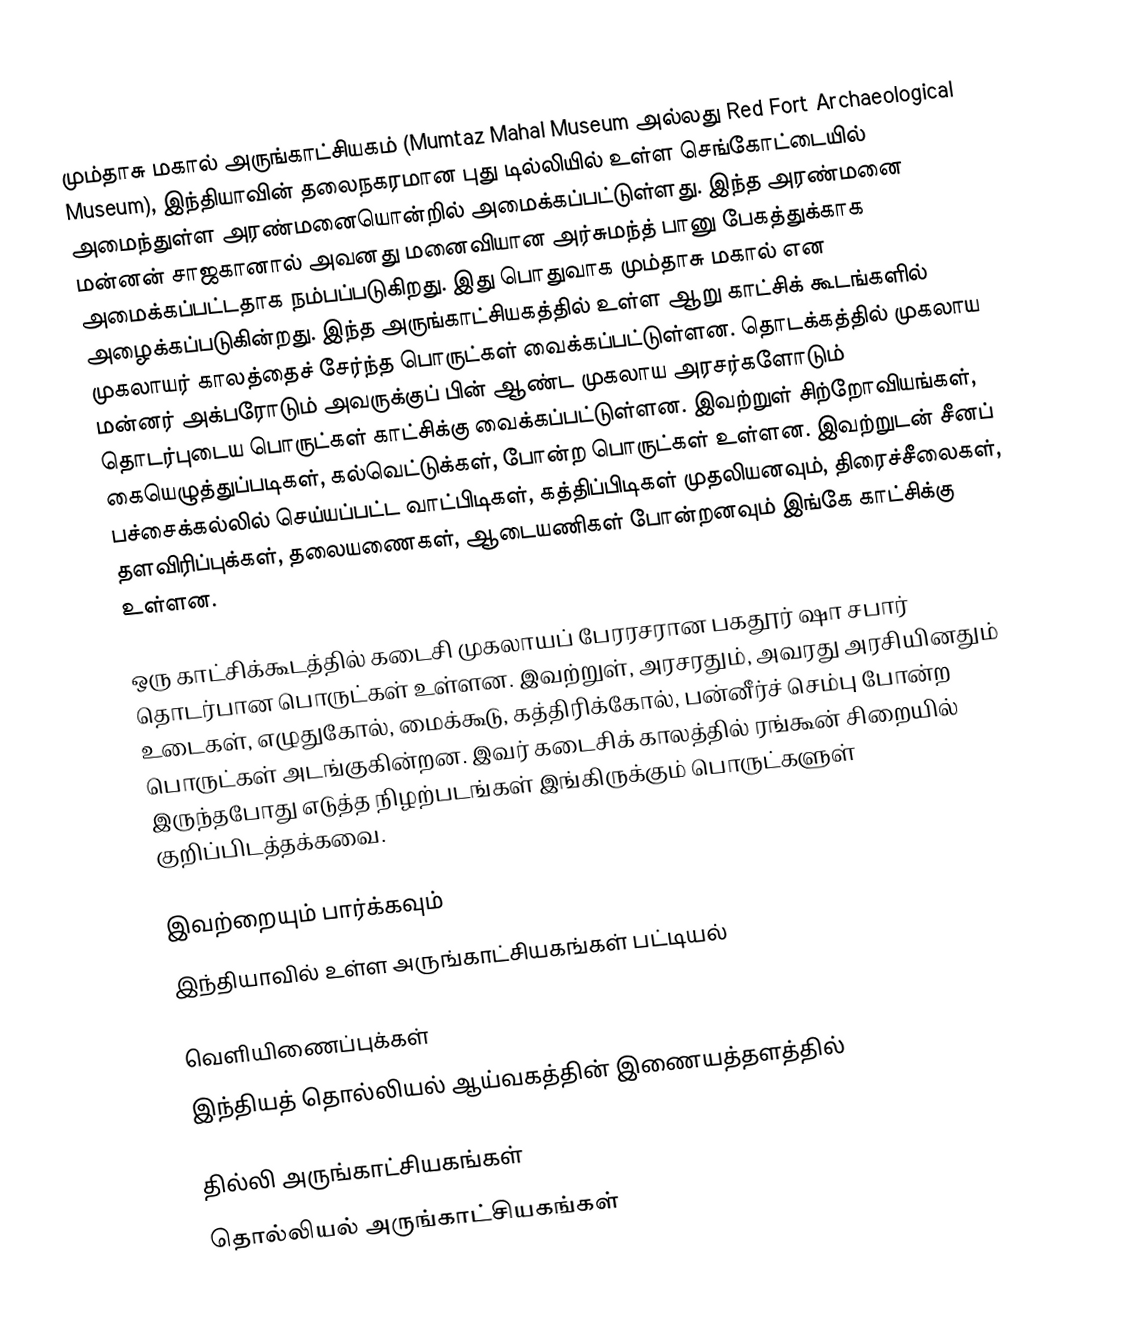
மும்தாசு மகால் அருங்காட்சியகம் (Mumtaz Mahal Museum அல்லது Red Fort Archaeological Museum), இந்தியாவின் தலைநகரமான புது டில்லியில் உள்ள செங்கோட்டையில் அமைந்துள்ள அரண்மனையொன்றில் அமைக்கப்பட்டுள்ளது. இந்த அரண்மனை மன்னன் சாஜகானால் அவனது மனைவியான அர்சுமந்த் பானு பேகத்துக்காக அமைக்கப்பட்டதாக நம்பப்படுகிறது. இது பொதுவாக மும்தாசு மகால் என அழைக்கப்படுகின்றது. இந்த அருங்காட்சியகத்தில் உள்ள ஆறு காட்சிக் கூடங்களில் முகலாயர் காலத்தைச் சேர்ந்த பொருட்கள் வைக்கப்பட்டுள்ளன. தொடக்கத்தில் முகலாய மன்னர் அக்பரோடும் அவருக்குப் பின் ஆண்ட முகலாய அரசர்களோடும் தொடர்புடைய பொருட்கள் காட்சிக்கு வைக்கப்பட்டுள்ளன. இவற்றுள் சிற்றோவியங்கள், கையெழுத்துப்படிகள், கல்வெட்டுக்கள், போன்ற பொருட்கள் உள்ளன. இவற்றுடன் சீனப் பச்சைக்கல்லில் செய்யப்பட்ட வாட்பிடிகள், கத்திப்பிடிகள் முதலியனவும், திரைச்சீலைகள், தளவிரிப்புக்கள், தலையணைகள், ஆடையணிகள் போன்றனவும் இங்கே காட்சிக்கு உள்ளன.

ஒரு காட்சிக்கூடத்தில் கடைசி முகலாயப் பேரரசரான பகதூர் ஷா சபார் தொடர்பான பொருட்கள் உள்ளன. இவற்றுள், அரசரதும், அவரது அரசியினதும் உடைகள், எழுதுகோல், மைக்கூடு, கத்திரிக்கோல், பன்னீர்ச் செம்பு போன்ற பொருட்கள் அடங்குகின்றன. இவர் கடைசிக் காலத்தில் ரங்கூன் சிறையில் இருந்தபோது எடுத்த நிழற்படங்கள் இங்கிருக்கும் பொருட்களுள் குறிப்பிடத்தக்கவை.

இவற்றையும் பார்க்கவும்
 இந்தியாவில் உள்ள அருங்காட்சியகங்கள் பட்டியல்

வெளியிணைப்புக்கள்
 இந்தியத் தொல்லியல் ஆய்வகத்தின் இணையத்தளத்தில்

தில்லி அருங்காட்சியகங்கள்
தொல்லியல் அருங்காட்சியகங்கள்